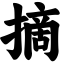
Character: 摘